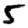
Digit: 5